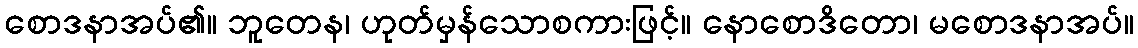
စောဒနာအပ်၏။ ဘူတေန၊ ဟုတ်မှန်သောစကားဖြင့်။ နောစောဒိတော၊ မစောဒနာအပ်။